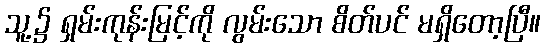
သူ့၌ ရှမ်းကုန်းမြင့်ကို လွမ်းသော စိတ်ပင် မရှိတော့ပြီ။